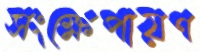
সংক্ষেপায়ণ